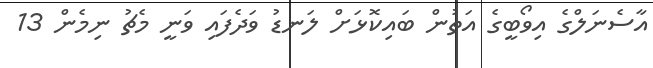
އާސެނަލްގެ އިވޯބީގެ އަތުން ބައިކޮޅަށް ލަނޑު ވަދެފައި ވަނީ މެޗު ނިމެން 13